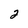
Character: 2